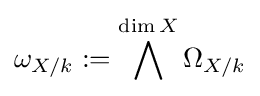
\omega _{X/k}:=\bigwedge ^{\dim X}\Omega _{X/k}